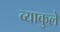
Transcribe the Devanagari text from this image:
व्याकुले